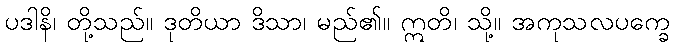
ပဒါနိ၊ တို့သည်။ ဒုတိယာ ဒိသာ၊ မည်၏။ ဣတိ၊ သို့။ အကုသလပက္ခေ